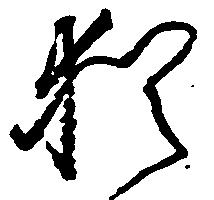
猶